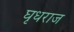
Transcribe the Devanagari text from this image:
घृधराज